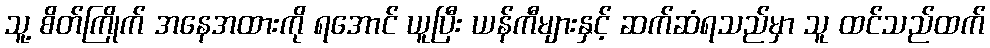
သူ့ စိတ်ကြိုက် အနေအထားကို ရအောင် ယူပြီး ယန်ကီများနှင့် ဆက်ဆံရသည်မှာ သူ ထင်သည်ထက်